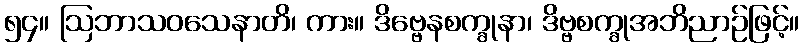
၅၄။ ဩဘာသဝသေနာတိ၊ ကား။ ဒိဗ္ဗေနစက္ခုနာ၊ ဒိဗ္ဗစက္ခုအဘိညာဉ်ဖြင့်။